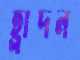
হ্লাদন